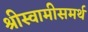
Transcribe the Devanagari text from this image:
श्रीस्वामीसमर्थ